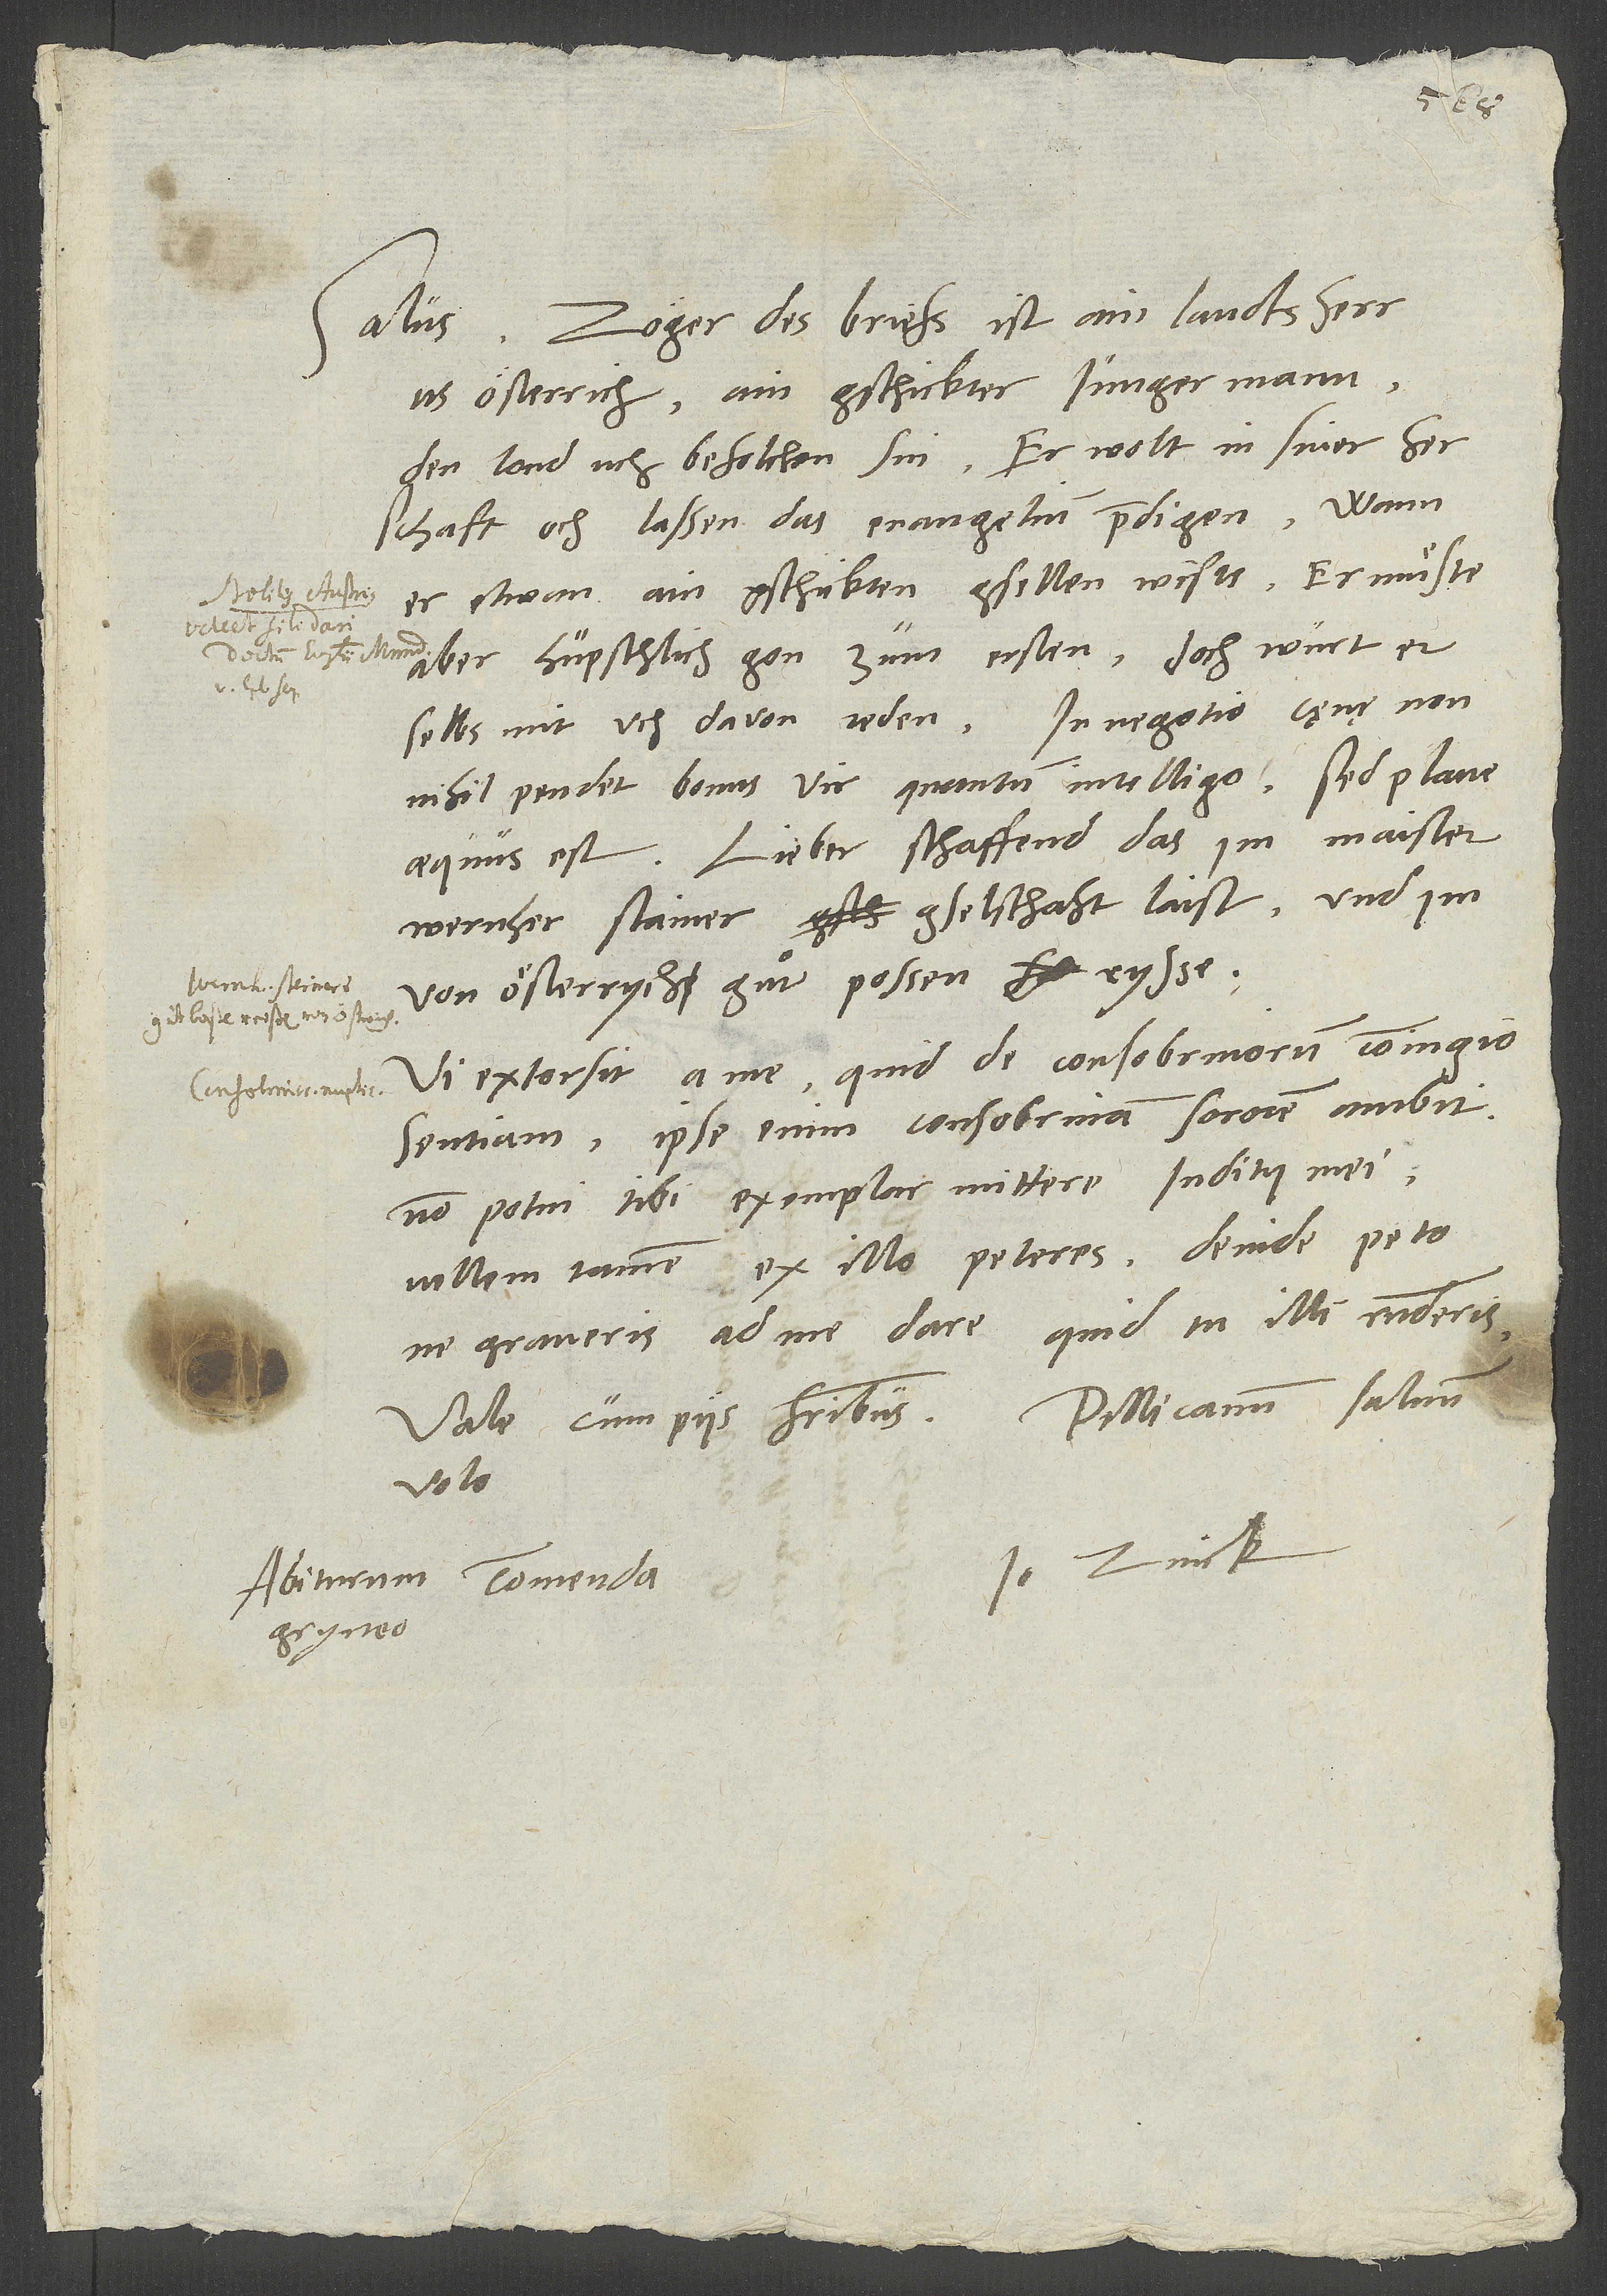
Zöger des briefs ist ain landtsherr
us Österrich, ain gschickter junger mann,
den lond uch befolchen sin. Er wolt in siner
herschaft och lassen das evangelium predigen, wann
er etwan ain gschickten gsellen wiste. Er muͤste
aber hüpschlich gon zum ersten, doch wurt er
selbs mit uch davon reden. In negotio caenae non
nihil pendet bonus vir, quantum intelligo, sed plane
aequus est. Lieber, schaffend, das im Maister
Wernher Stainer gselschaft laist und im
von Österrych guͦt possen rysse.
Vi extorsit a me, quid de consobrinorum coniugio
sentiam. Ipse enim consobrinam sororem ambit.
Non potui tibi exemplar mittere iuditii mei,
vellem tamen, ex illo peteres. Deinde peto
ne graveris ad me dare, quid tu illi responderis.
Vale cum piis fratribus. Pellicanum salvum
volo.
Io. Zvick.
Abiturum commenda
Gryneo